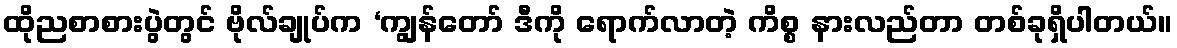
ထိုညစာစားပွဲတွင် ဗိုလ်ချုပ်က ‘ကျွန်တော် ဒီကို ရောက်လာတဲ့ ကိစ္စ နားလည်တာ တစ်ခုရှိပါတယ်။